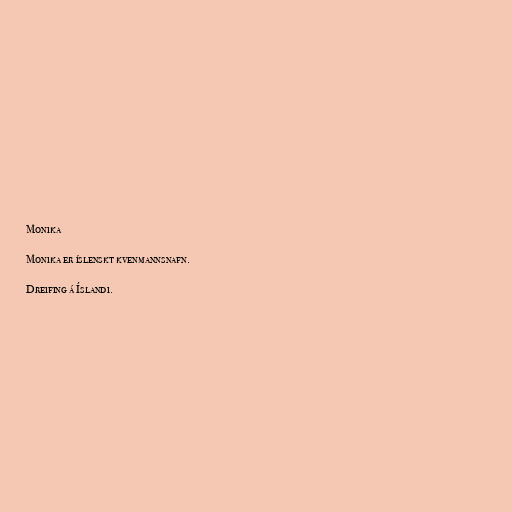
Monika

Monika er íslenskt kvenmannsnafn.

Dreifing á Íslandi.